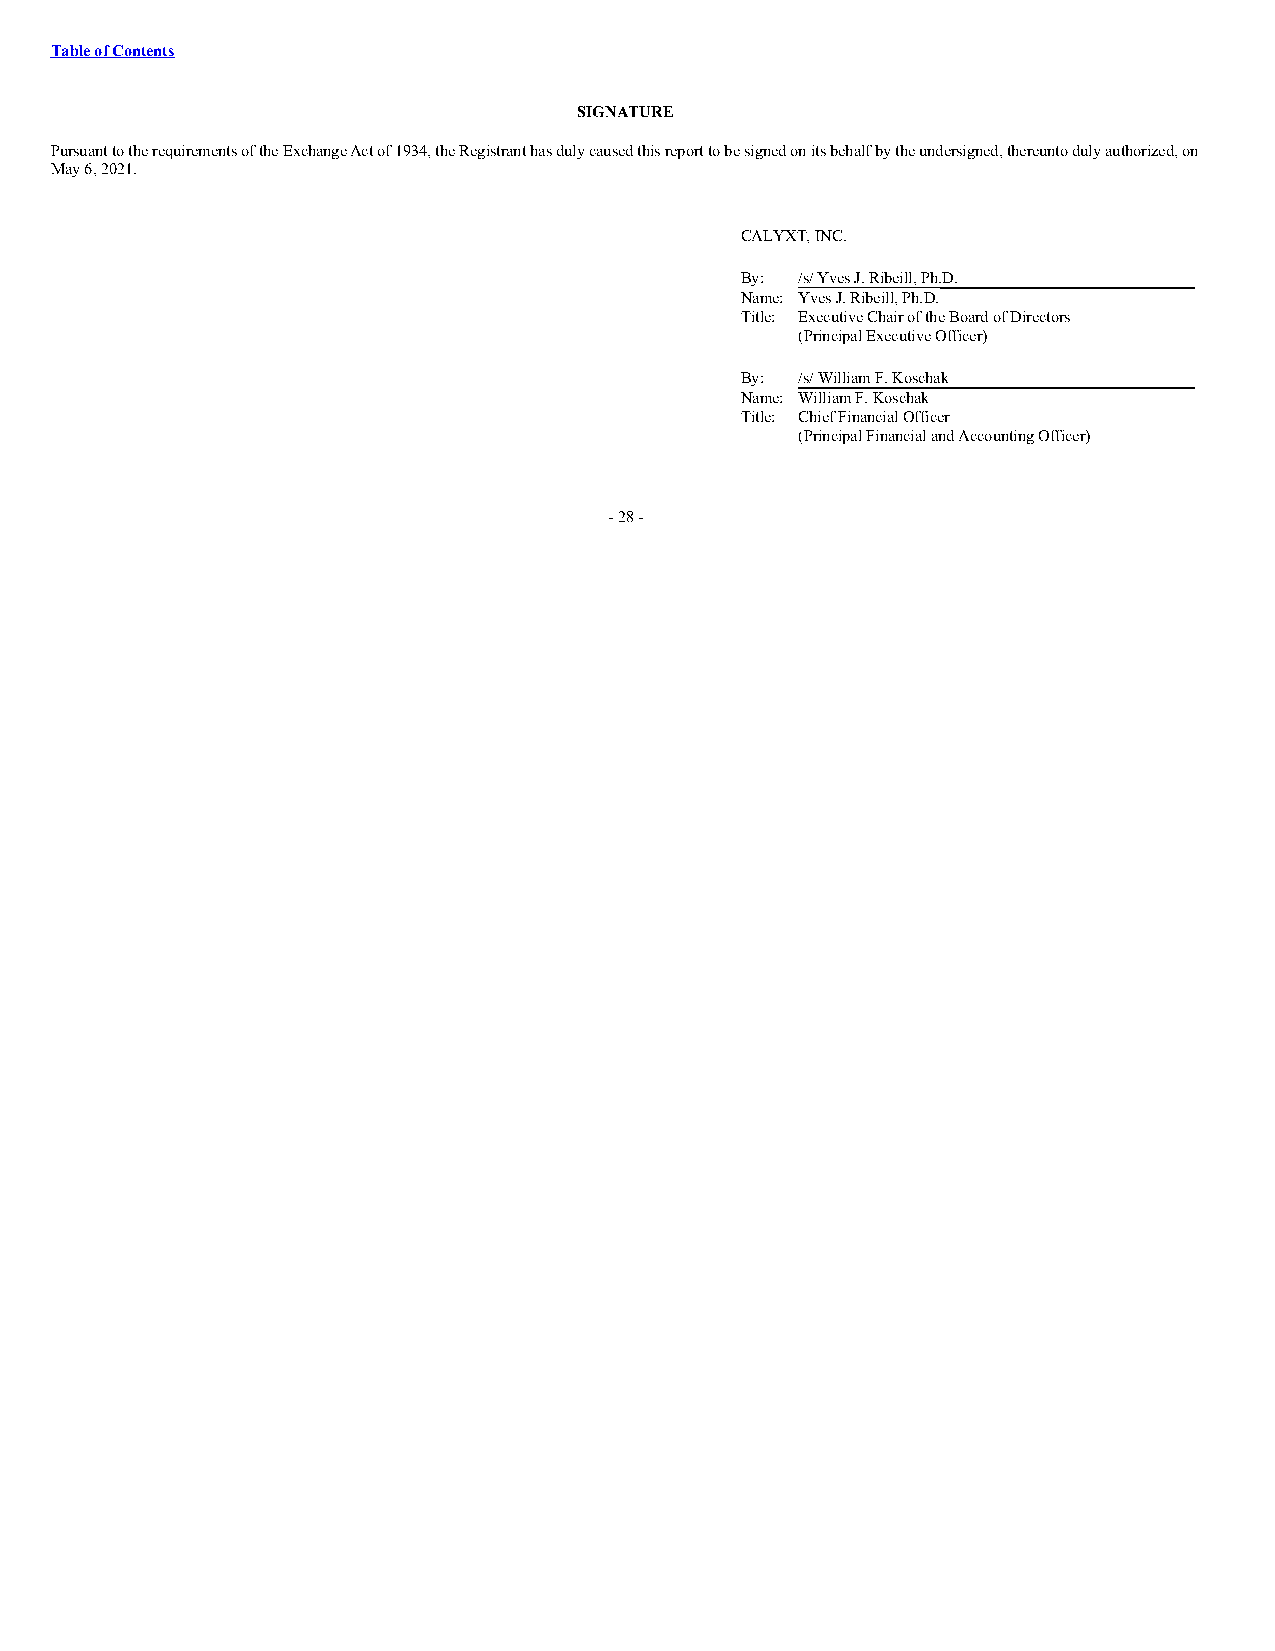
Table of Contents
 SIGNATURE
 Pursuant to the requirements of the Exchange Act of 1934, the Registrant has duly caused this report to be signed on its behalf by the undersigned, thereunto duly authorized, on
 May 6, 2021.
 CALYXT, INC.
 By: /s/ Yves J. Ribeill, Ph.D.
 Name: Yves J. Ribeill, Ph.D.
 Title: Executive Chair of the Board of Directors
 (Principal Executive Officer)
 By: /s/ William F. Koschak
 Name: William F. Koschak
 Title: Chief Financial Officer
 (Principal Financial and Accounting Officer)
 - 28 -